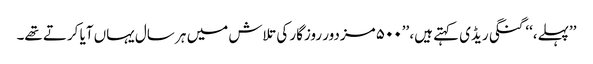
’’پہلے،‘‘ گنگی ریڈی کہتے ہیں، ’’۵۰۰ مزدور روزگار کی تلاش میں ہر سال یہاں آیا کرتے تھے۔